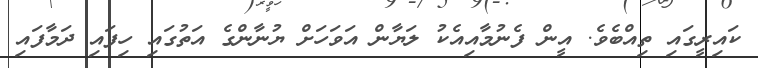
ކައިރީގައި ތިއްބެވެ. އީން ފެނުމާއިއެކު ލަޔާން އަވަހަށް ޔުނާންގެ އަތުގައި ހިފައި ދަމާފައި